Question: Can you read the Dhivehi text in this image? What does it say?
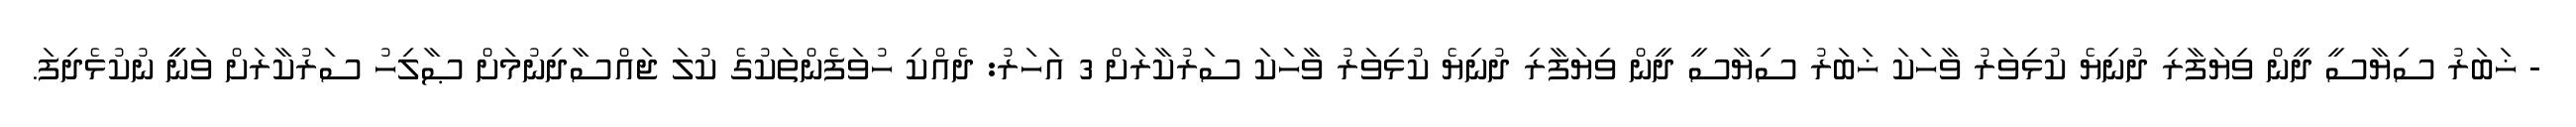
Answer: - ޚަބަރު ސިޔާސީ ދީން ވިޔަފާރި ދުނިޔެ ކުޅިވަރު ވާހަކަ ޚަބަރު ސިޔާސީ ދީން ވިޔަފާރި ދުނިޔެ ކުޅިވަރު ވާހަކަ ސަރުކާރަށް 3 އަހަރު: ދެއްކި ހުވަފެންތަކުގެ ކުލަ ޖައްސާދިނުމަށް ޞާލިހު ސަރުކާރަށް ވަނީީ ނުކުޅެދިފަ.